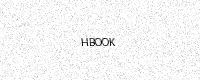
Text: HBOOK